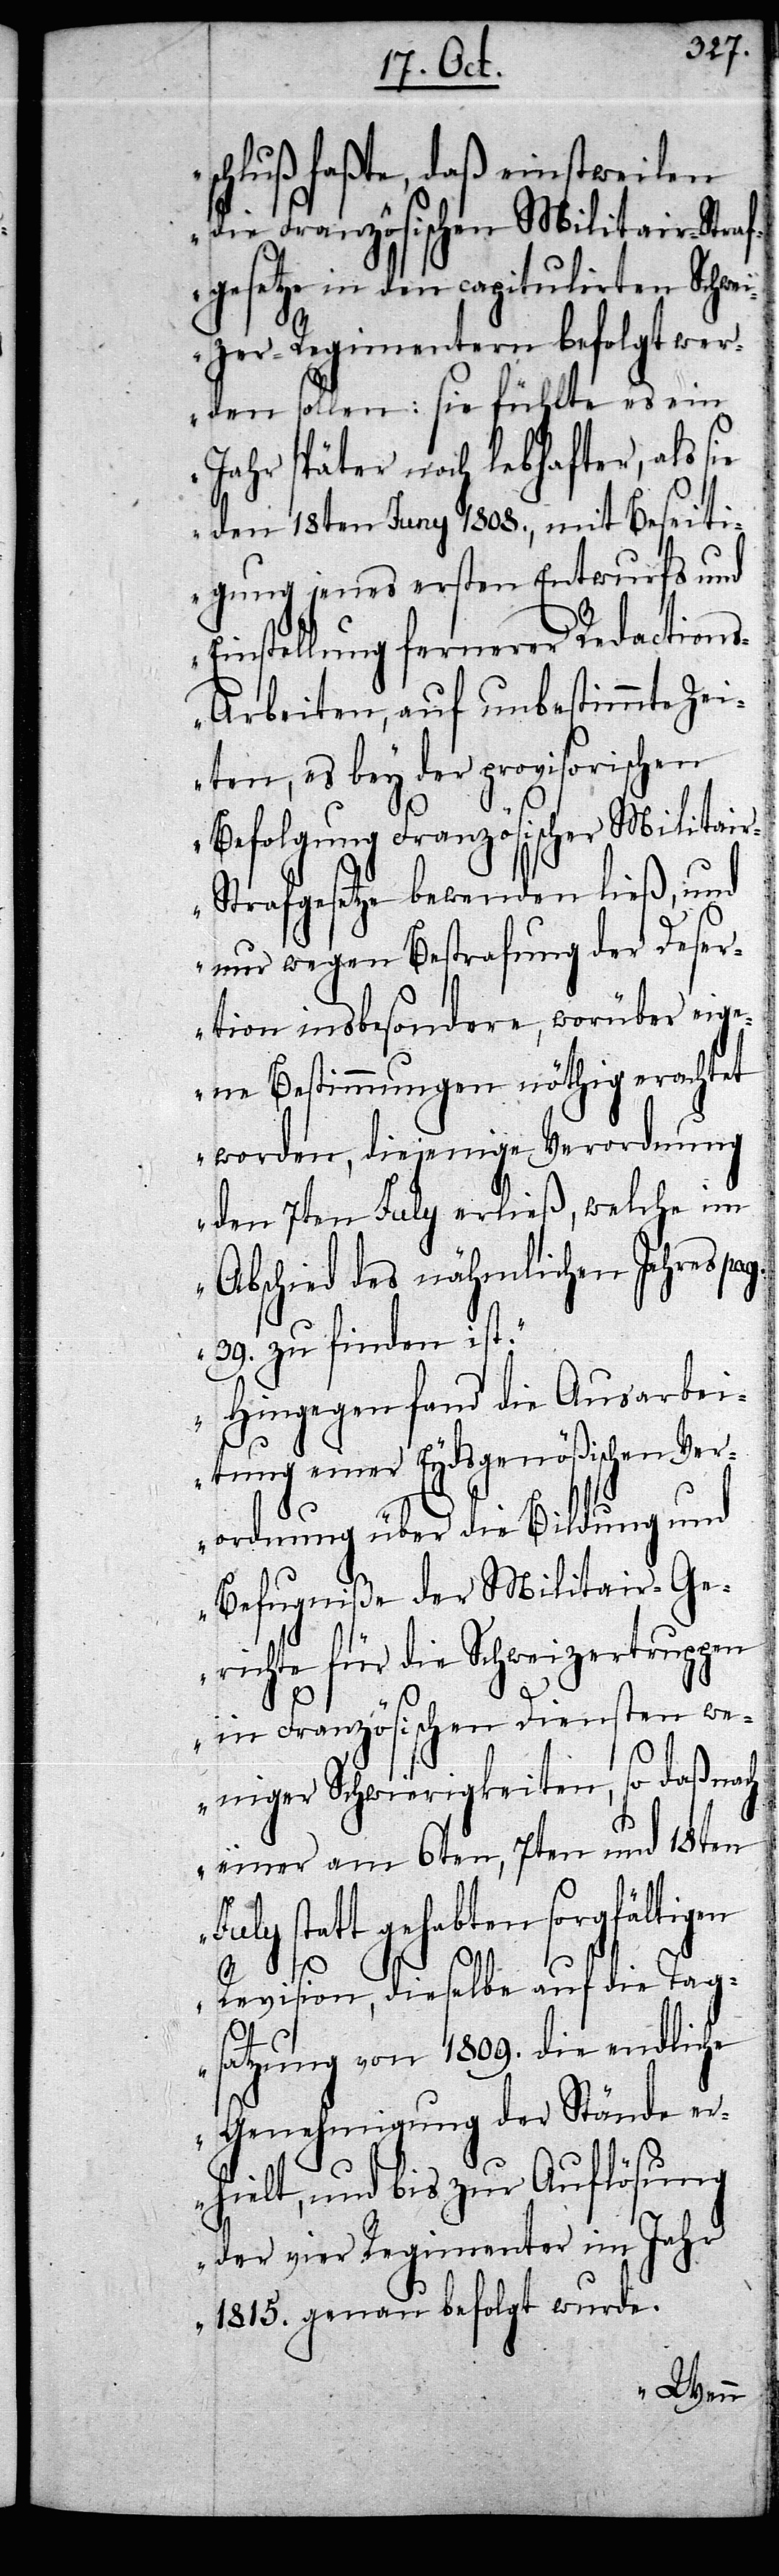
schluß faßte, daß einstweilen
die Französischen Militair-Straf¬
gesetze in den capitulirten Schwe¬
izer-Regimentern befolgt wer¬
den sollen: sie fühlte es ein
Jahr später noch lebhafter, als sie
den 18ten Juny 1808., mit Beseiti¬
gung jenes ersten Entwurfs und
Einstellung fernerer Redaction¬
s-Arbeiten, auf unbestimmte Zei¬
ten, es bey der provisorischen
Befolgung Französischer Militai¬
r-Strafgesetze bewenden ließ, und
nur wegen Bestrafung der Deser¬
tion insbesondere, worüber eig¬
ene Bestimmungen nöthig erachtet
worden, diejenige Verordnung
den 7ten July erließ, welche im
Abschied des nähmlichen Jahres pa¬
39. zu finden ist.
Hingegen fand die Ausarbei¬
tung einer Eydsgenößischen Ver¬
ordnung über die Bildung und
Befugniße der Militair-Ge¬
richte für die Schweizertruppen
in Französischen Diensten we¬
g.
niger Schwierigkeiten, so daß nach
einer am 6ten, 7ten und 18ten
July statt gehabten sorgfältigen
Revision, dieselbe auf die Tag¬
satzung von 1809. die endliche
Genehmigung der Stände er¬
hielt, und bis zur Auflösung
der vier Regimenter im Jahr
1815. genau befolgt wurde.